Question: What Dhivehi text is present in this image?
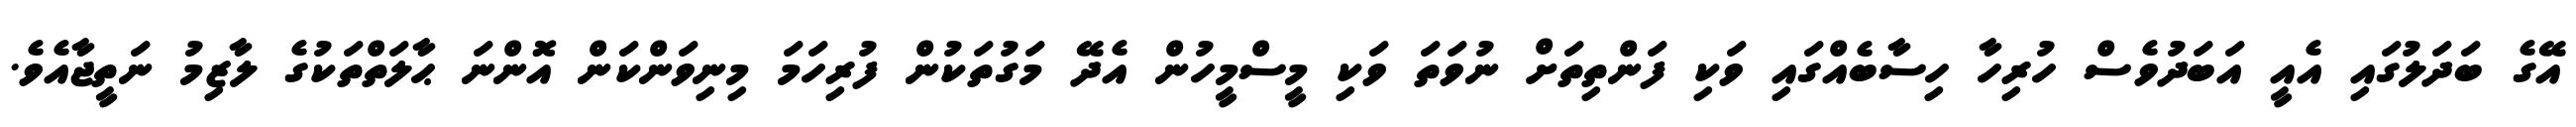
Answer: އޭގެ ބަދަލުގައި އެއީ އަބަދުވެސް ހުރިހާ ހިސާބެއްގައި ވަކި ފަންތިތަށް ނުވަތަ ވަކި މީސްމީހުން އެދޭ މަގުތަކުން ފުރިހަމަ މިނިވަންކަން އޮންނަ ޙާލަތްތަކުގެ ލާޒިމު ނަތީޖާއެވެ.